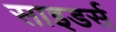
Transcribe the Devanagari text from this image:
साइडर्स